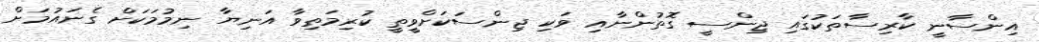
އިންސާނީ ކާރިސާތަކުގައި ޖިންސީ ގޮތުންނާއި ވަކި ޖިންސަކަށްވީތީ ކުރިމަތިވާ އަނިޔާ ނިމުމަކަށް ގެނައުމަށް